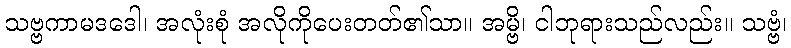
သဗ္ဗကာမဒဒေါ၊ အလုံးစုံ အလိုကိုပေးတတ်၏သာ။ အမ္ဗိ၊ ငါဘုရားသည်လည်း။ သဗ္ဗံ၊